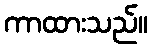
ကာထားသည်။